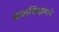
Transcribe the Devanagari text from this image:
बालशिक्षणाने